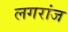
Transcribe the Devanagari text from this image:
लगरांज